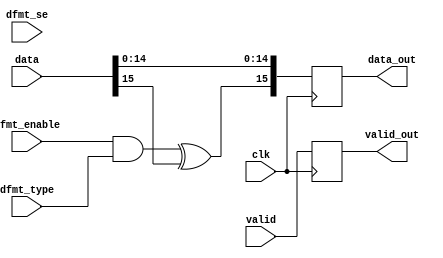
// ***************************************************************************
// ***************************************************************************
// Copyright (C) 2014-2023 Analog Devices, Inc. All rights reserved.
//
// In this HDL repository, there are many different and unique modules, consisting
// of various HDL (Verilog or VHDL) components. The individual modules are
// developed independently, and may be accompanied by separate and unique license
// terms.
//
// The user should read each of these license terms, and understand the
// freedoms and responsibilities that he or she has by using this source/core.
//
// This core is distributed in the hope that it will be useful, but WITHOUT ANY
// WARRANTY; without even the implied warranty of MERCHANTABILITY or FITNESS FOR
// A PARTICULAR PURPOSE.
//
// Redistribution and use of source or resulting binaries, with or without modification
// of this file, are permitted under one of the following two license terms:
//
//   1. The GNU General Public License version 2 as published by the
//      Free Software Foundation, which can be found in the top level directory
//      of this repository (LICENSE_GPL2), and also online at:
//      <https://www.gnu.org/licenses/old-licenses/gpl-2.0.html>
//
// OR
//
//   2. An ADI specific BSD license, which can be found in the top level directory
//      of this repository (LICENSE_ADIBSD), and also on-line at:
//      https://github.com/analogdevicesinc/hdl/blob/main/LICENSE_ADIBSD
//      This will allow to generate bit files and not release the source code,
//      as long as it attaches to an ADI device.
//
// ***************************************************************************
// ***************************************************************************
// data format (offset binary or 2's complement only)

`timescale 1ps/1ps

module ad_datafmt #(

  // data bus width

  parameter   DATA_WIDTH = 16,
  parameter   BITS_PER_SAMPLE = 16,
  parameter   DISABLE = 0
) (

  // data path

  input                       clk,
  input                       valid,
  input   [(DATA_WIDTH-1):0]  data,
  output                      valid_out,
  output  [(BITS_PER_SAMPLE-1):0]  data_out,

  // control signals

  input                       dfmt_enable,
  input                       dfmt_type,
  input                       dfmt_se
);

  // internal registers

  reg                         valid_int = 'd0;
  reg     [(BITS_PER_SAMPLE-1):0]  data_int = 'd0;

  // internal signals

  wire                        type_s;
  wire    [(BITS_PER_SAMPLE-1):0]  data_out_s;

  // data-path disable

  generate
  if (DISABLE == 1) begin
  assign valid_out = valid;
  assign data_out = data;
  end else begin
  assign valid_out = valid_int;
  assign data_out = data_int;
  end
  endgenerate

  // if offset-binary convert to 2's complement first

  assign type_s = dfmt_enable & dfmt_type;

  generate
  if (DATA_WIDTH < BITS_PER_SAMPLE) begin
    wire signext_s;
    wire sign_s;

    assign signext_s = dfmt_enable & dfmt_se;
    assign sign_s = signext_s & (type_s ^ data[(DATA_WIDTH-1)]);
    assign data_out_s[(BITS_PER_SAMPLE-1):DATA_WIDTH] = {((BITS_PER_SAMPLE)-DATA_WIDTH){sign_s}};
  end
  endgenerate

  assign data_out_s[(DATA_WIDTH-1)] = type_s ^ data[(DATA_WIDTH-1)];
  assign data_out_s[(DATA_WIDTH-2):0] = data[(DATA_WIDTH-2):0];

  always @(posedge clk) begin
    valid_int <= valid;
    data_int <= data_out_s;
  end

endmodule